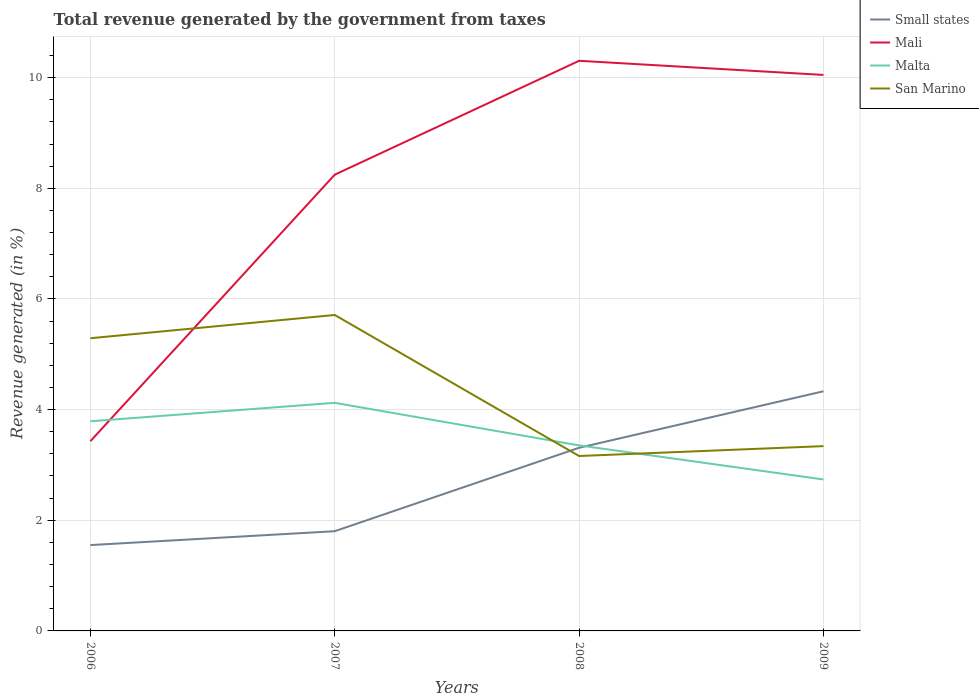
| Years | Small states | Mali | Malta | San Marino |
 | --- | --- | --- | --- | --- |
 | 2006 | 1.55 | 3.43 | 3.79 | 5.29 |
 | 2007 | 1.8 | 8.25 | 4.12 | 5.71 |
 | 2008 | 3.31 | 10.3 | 3.35 | 3.16 |
 | 2009 | 4.33 | 10 | 2.74 | 3.34 |